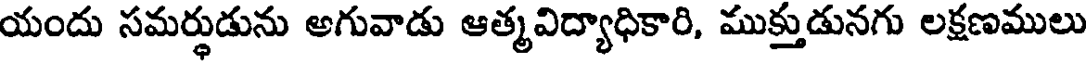
యందు సమర్థుడును అగువాడు ఆత్మవిద్యాధికారి, ముక్తుడునగు లక్షణములు